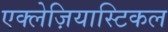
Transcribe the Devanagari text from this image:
एक्लेज़ियास्टिकल